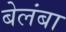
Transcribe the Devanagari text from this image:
बेलंबा